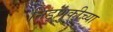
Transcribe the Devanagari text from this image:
निडणुकीच्या